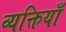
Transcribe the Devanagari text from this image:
व्यक्तियाँ